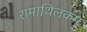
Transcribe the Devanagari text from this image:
रामाथिलकम